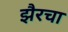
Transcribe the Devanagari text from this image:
झैरचा